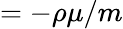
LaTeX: =-\rho\mu/m